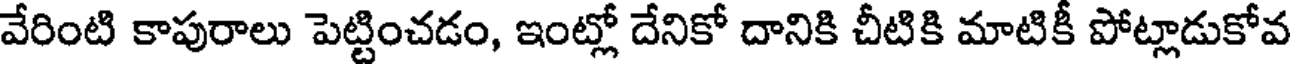
వేరింటి కాపురాలు పెట్టించడం, ఇంట్లో దేనికో దానికి చీటికి మాటికీ పోట్లాడుకోవ